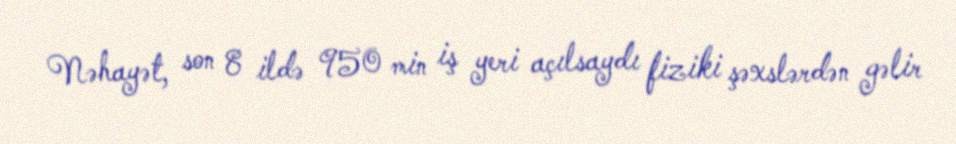
Nəhayət, son 8 ildə 950 min iş yeri açılsaydı fiziki şəxslərdən gəlir